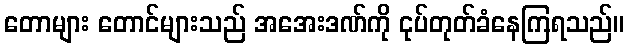
တောများ တောင်များသည် အအေးဒဏ်ကို ငုပ်တုတ်ခံနေကြရသည်။